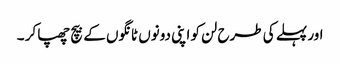
اور پہلے کی طرح لن کو اپنی دونوں ٹانگوں کے بیچ چھپا کر ۔